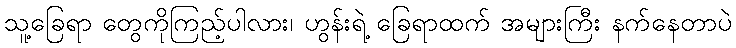
သူ့ခြေရာ တွေကိုကြည့်ပါလား၊ ဟွန်းရဲ့ ခြေရာထက် အများကြီး နက်နေတာပဲ